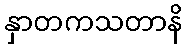
နှာတကသတာနိ